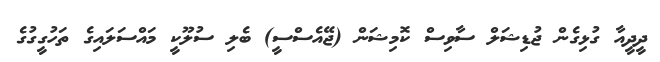
ދީދީއާ ގުޅިގެން ޖުޑިޝަލް ސާވިސް ކޮމިޝަން (ޖޭއެސްސީ) ބެލި ސުލޫކީ މައްސަަލައިގެ ތަހުގީގުގެ